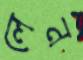
লেন